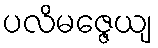
ပလိမဇ္ဇေယျ